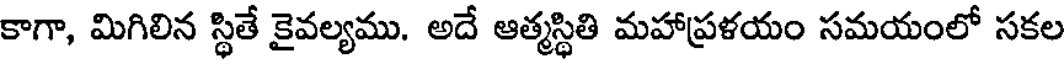
కాగా, మిగిలిన స్థితే కైవల్యము. అదే ఆత్మస్థితి మహాప్రళయం సమయంలో సకల